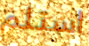
استلم